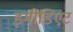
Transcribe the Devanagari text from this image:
इमीडिएट